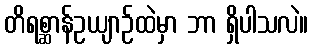
တိရစ္ဆာန်ဥယျာဉ်ထဲမှာ ဘာ ရှိပါသလဲ။